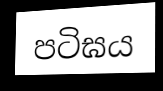
පටිඝය